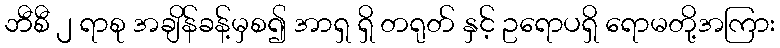
ဘီစီ ၂ ရာစု အချိန်ခန့်မှစ၍ အာရှ ရှိ တရုတ် နှင့် ဥရောပရှိ ရောမတို့အကြား